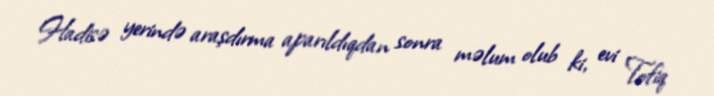
Hadisə yerində araşdırma aparıldıqdan sonra məlum olub ki, evi Tofiq